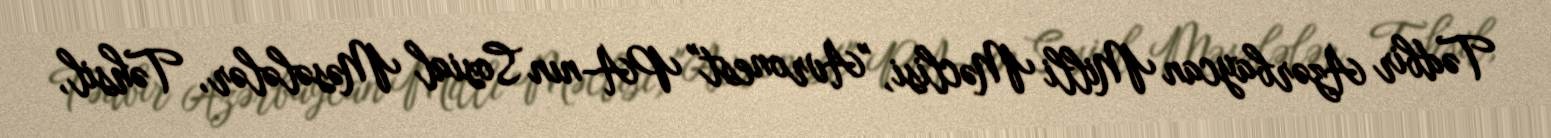
Tədbir Azərbaycan Milli Məclisi, "Avronest" PA-nın Sosial Məsələlər, Təhsil,